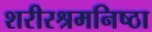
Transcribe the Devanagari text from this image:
शरीरश्रमनिष्ठा